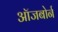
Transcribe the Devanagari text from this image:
ऑजबोर्न